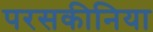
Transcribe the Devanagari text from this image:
परसकीनिया